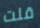
قلت